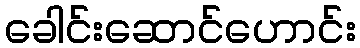
ခေါင်းဆောင်ဟောင်း